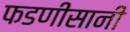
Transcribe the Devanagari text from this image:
फडणीसानी